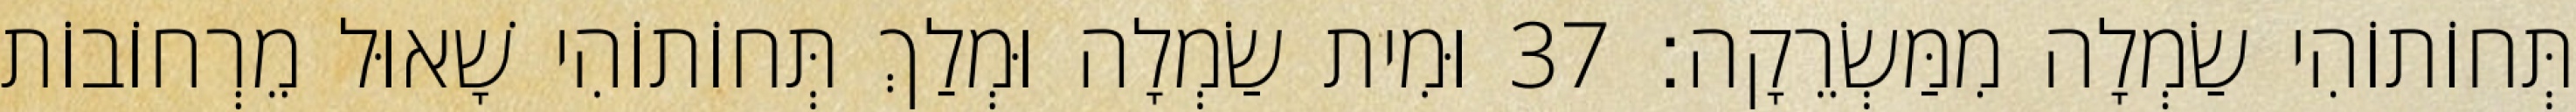
תְּחוֹתוֹהִי שַׂמְלָה מִמַּשְׂרֵקָה׃ 37 וּמִית שַׂמְלָה וּמְלַךְ תְּחוֹתוֹהִי שָׁאוּל מֵרְחוֹבוֹת